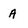
Character: A